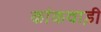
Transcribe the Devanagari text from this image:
कांकवाड़ी